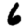
Digit: 6